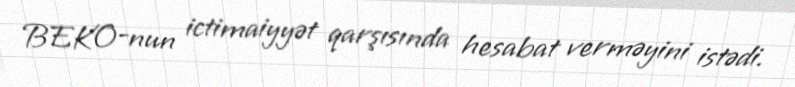
BEKO-nun ictimaiyyət qarşısında hesabat verməyini istədi.